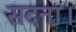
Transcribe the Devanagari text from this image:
सदना।